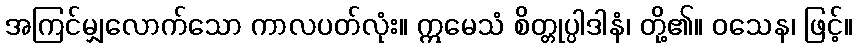
အကြင်မျှလောက်သော ကာလပတ်လုံး။ ဣမေသံ စိတ္တုပ္ပါဒါနံ၊ တို့၏။ ဝသေန၊ ဖြင့်။